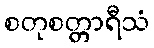
စတုစတ္တာရီသံ